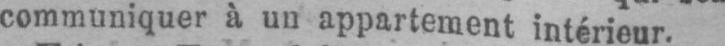
communiquer à un appartement intérieur